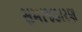
સમાજકારણ